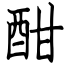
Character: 酣